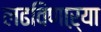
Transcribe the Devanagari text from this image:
लढविणाऱ्या